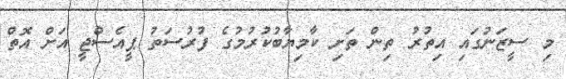
މި ސީޒަނުގައި އިތުރު ތިން ތަށި ކާމިޔާބުކުރުމުގެ ފުރުސަތު ޕީއެސްޖީ އަށް އޮތް